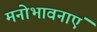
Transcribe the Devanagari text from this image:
मनोभावनाएं